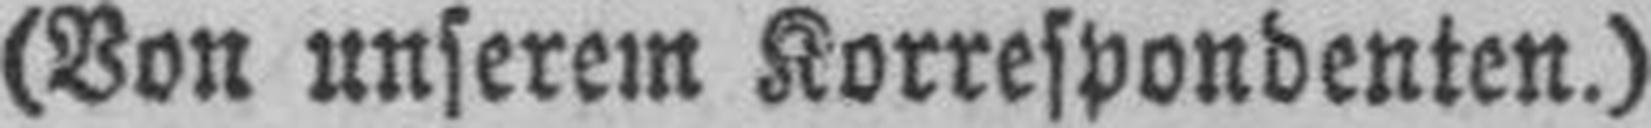
(Von unserem Korrespondenten.)